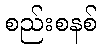
စည်းစနစ်